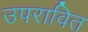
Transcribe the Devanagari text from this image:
उपरावित